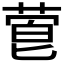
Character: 𬝙